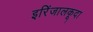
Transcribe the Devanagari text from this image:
इरिंजालकूदा